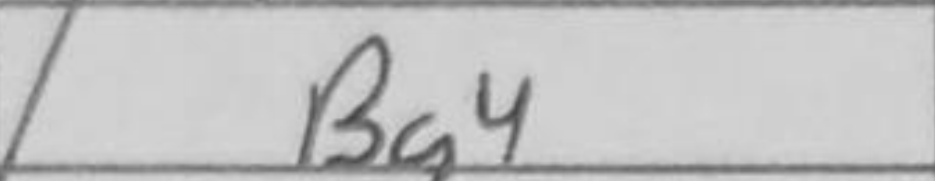
Transcription: Bg4